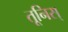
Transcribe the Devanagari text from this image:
तूनिस्